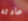
عادته